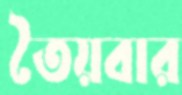
তৈয়বার